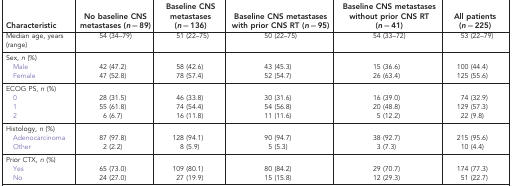
<table><thead><tr><td><b>Characteristic</b></td><td><b>No baseline CNS metastases (<i>n</i>=89)</b></td><td><b>Baseline CNS metastases (<i>n</i>=136)</b></td><td><b>Baseline CNS metastases with prior CNS RT (<i>n</i>=95)</b></td><td><b>Baseline CNS metastases without prior CNS RT (<i>n</i>=41)</b></td><td><b>All patients (<i>n</i>=225)</b></td></tr></thead><tbody><tr><td>Median age, years (range)</td><td>54 (34–79)</td><td>51 (22–75)</td><td>50 (22–75)</td><td>54 (33–72)</td><td>53 (22–79)</td></tr><tr><td>Sex, <i>n</i> (%)</td><td> </td><td> </td><td> </td><td> </td><td> </td></tr><tr><td> Male</td><td>42 (47.2)</td><td>58 (42.6)</td><td>43 (45.3)</td><td>15 (36.6)</td><td>100 (44.4)</td></tr><tr><td> Female</td><td>47 (52.8)</td><td>78 (57.4)</td><td>52 (54.7)</td><td>26 (63.4)</td><td>125 (55.6)</td></tr><tr><td>ECOG PS, <i>n</i> (%)</td><td> </td><td> </td><td> </td><td> </td><td> </td></tr><tr><td> 0</td><td>28 (31.5)</td><td>46 (33.8)</td><td>30 (31.6)</td><td>16 (39.0)</td><td>74 (32.9)</td></tr><tr><td> 1</td><td>55 (61.8)</td><td>74 (54.4)</td><td>54 (56.8)</td><td>20 (48.8)</td><td>129 (57.3)</td></tr><tr><td> 2</td><td>6 (6.7)</td><td>16 (11.8)</td><td>11 (11.6)</td><td>5 (12.2)</td><td>22 (9.8)</td></tr><tr><td>Histology, <i>n</i> (%)</td><td> </td><td> </td><td> </td><td> </td><td> </td></tr><tr><td> Adenocarcinoma</td><td>87 (97.8)</td><td>128 (94.1)</td><td>90 (94.7)</td><td>38 (92.7)</td><td>215 (95.6)</td></tr><tr><td> Other</td><td>2 (2.2)</td><td>8 (5.9)</td><td>5 (5.3)</td><td>3 (7.3)</td><td>10 (4.4)</td></tr><tr><td>Prior CTX, <i>n</i> (%)</td><td> </td><td> </td><td> </td><td> </td><td> </td></tr><tr><td> Yes</td><td>65 (73.0)</td><td>109 (80.1)</td><td>80 (84.2)</td><td>29 (70.7)</td><td>174 (77.3)</td></tr><tr><td> No</td><td>24 (27.0)</td><td>27 (19.9)</td><td>15 (15.8)</td><td>12 (29.3)</td><td>51 (22.7)</td></tr></tbody></table>